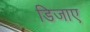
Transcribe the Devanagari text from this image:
डिजाए